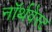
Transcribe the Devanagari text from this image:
नॉर्थवेस्‍ट